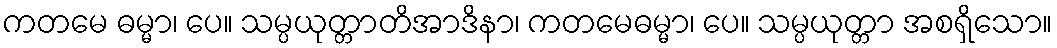
ကတမေ ဓမ္မာ၊ ပေ။ သမ္ပယုတ္တာတိအာဒိနာ၊ ကတမေဓမ္မာ၊ ပေ။ သမ္ပယုတ္တာ အစရှိသော။